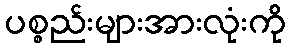
ပစ္စည်းများအားလုံးကို